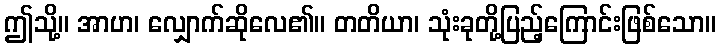
ဤသို့။ အာဟ၊ လျှောက်ဆိုလေ၏။ တတိယာ၊ သုံးခုတို့ပြည့်ကြောင်းဖြစ်သော။